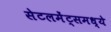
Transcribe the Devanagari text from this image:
सेटलमेंट्‌समध्ये